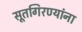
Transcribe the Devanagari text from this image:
सूतगिरण्यांना